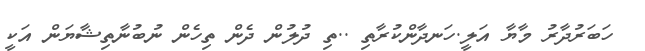
ހަބަރުދާރު މާޔާ އަލީ.ހަނދާންކުރާތި ..ތި ދުލުން ދެން ތިހެން ނުބުނާތިޝާޔަން އަކީ